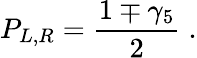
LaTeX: P_{L,R}=\frac{1\mp\gamma_{5}}{2}\; .